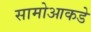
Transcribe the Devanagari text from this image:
सामोआकडे